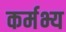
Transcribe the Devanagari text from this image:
कर्मभ्य